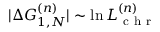
| \Delta G _ { 1 , N } ^ { ( n ) } | \sim \ln L _ { \mathrm { ~ c ~ h ~ r ~ } } ^ { ( n ) }